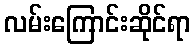
လမ်းကြောင်းဆိုင်ရာ